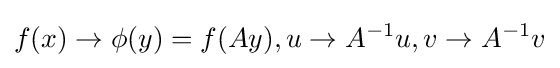
f(x)\to \phi (y)=f(Ay),u\to A^{-1}u,v\to A^{-1}v